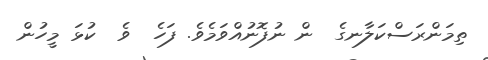
ތިމަންރަސްކަލާނގެ  ން ނުފޮނުއްވަމެވެ. ފަހެ  ވެ  ކުޅަ މީހުން